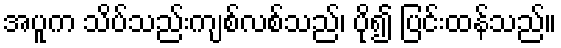
အပူက သိပ်သည်းကျစ်လစ်သည်၊ ပို၍ ပြင်းထန်သည်။